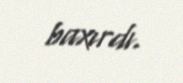
baxırdı.